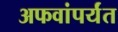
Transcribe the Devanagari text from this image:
अफवांपर्यंत